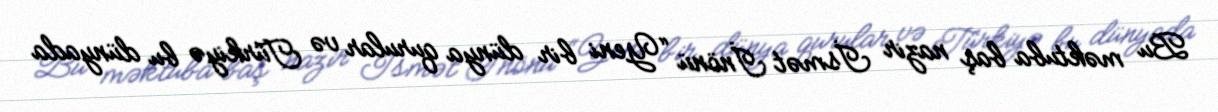
Bu məktuba baş nazir İsmət İnönü “Yeni bir dünya qurular və Türkiyə bu dünyada